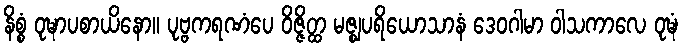
နိစ္စံ ဝုဍ္ဎာပစာယိနော။ ပုဗ္ဗကရဏံပေ ဝိဇ္ဇိတ္ထ မဇ္ဈပရိယောသာနံ ဒေဝဂါမာ ဝါသကာလေ ဝုဍ္ဎံ